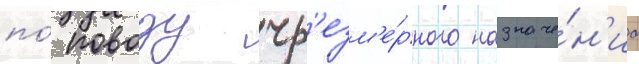
по́ поводу чр'езм'е́рного назначе́н'иа